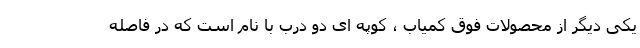
یکی دیگر از محصولات فوق کمیاب ، کوپه ای دو درب با نام است که در فاصله